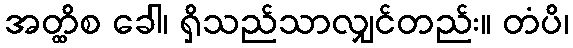
အတ္ထိစ ခေါ၊ ရှိသည်သာလျှင်တည်း။ တံပိ၊